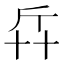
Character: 𠦛